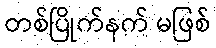
တစ်ပြိုက်နက် မဖြစ်